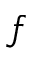
f